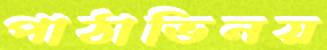
পাঠাভিনয়